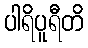
ပါရိပူရီတိ